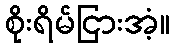
စိုးရိမ်ငြားအံ့။